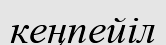
кеңпейіл